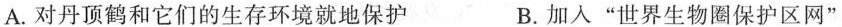
A.对丹顶鹤和它们的生存环境就地保护 B.加入”世界生物圈保护区网”